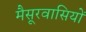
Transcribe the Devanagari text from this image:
मैसूरवासियों